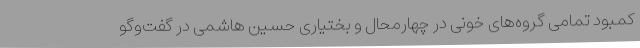
کمبود تمامی گروه‌های خونی در چهارمحال و بختیاری حسین هاشمی در گفت‌وگو